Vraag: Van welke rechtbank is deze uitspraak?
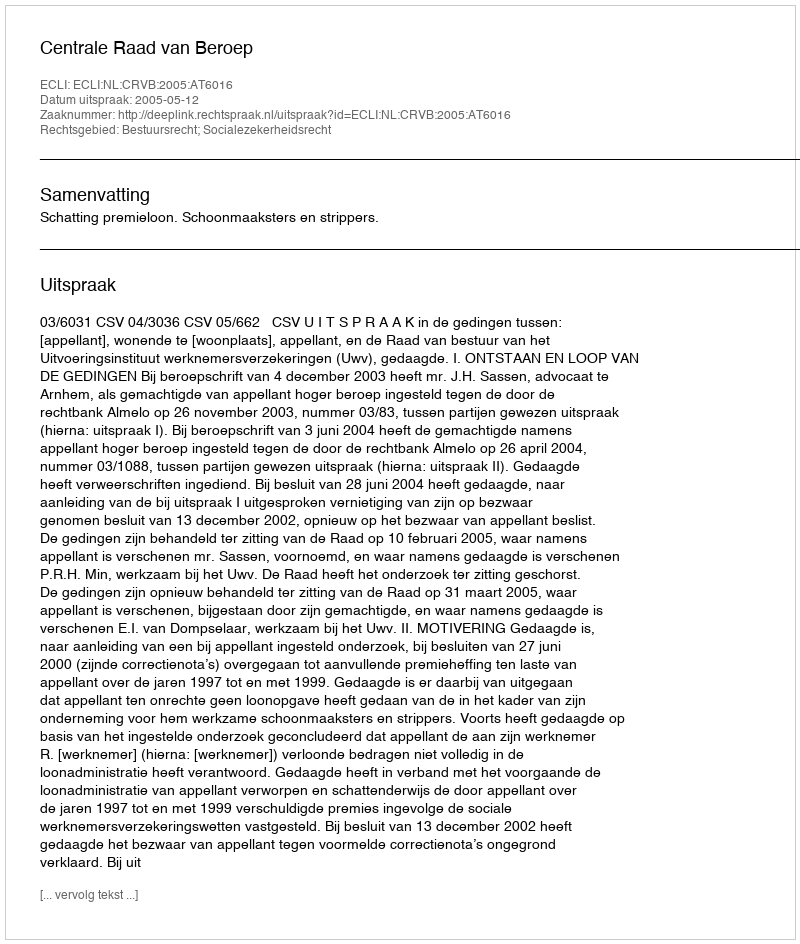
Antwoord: Centrale Raad van Beroep